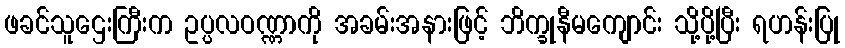
ဖခင်သူဌေးကြီးက ဥပ္ပလဝဏ္ဏာကို အခမ်းအနားဖြင့် ဘိက္ခုနီမကျောင်း သို့ပို့ပြီး ရဟန်းပြု